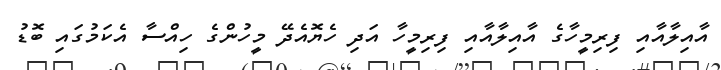
އާއިލާއާއި ފިރިމީހާގެ އާއިލާއާއި ފިރިމީހާ އަދި ހެޔޮއެދޭ މީހުންގެ ހިއްސާ އެކަމުގައި ބޮޑު